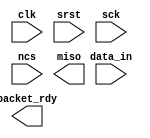
/*!
 * <b>Module:</b> vospi
 * @file vospi.v
 * @date 2019-03-31  
 * @author Andrey Filippov
 *     
 * @brief single packet ;processing with a ping-pong buffer
 *
 * @copyright Copyright (c) 2019 Elphel, Inc.
 *
 * <b>License </b>
 *
 * vospi.v is free software; you can redistribute it and/or modify
 * it under the terms of the GNU General Public License as published by
 * the Free Software Foundation, either version 3 of the License, or
 * (at your option) any later version.
 *
 * vospi.v is distributed in the hope that it will be useful,
 * but WITHOUT ANY WARRANTY; without even the implied warranty of
 * MERCHANTABILITY or FITNESS FOR A PARTICULAR PURPOSE.  See the
 * GNU General Public License for more details.
 *
 * You should have received a copy of the GNU General Public License
 * along with this program.  If not, see <http://www.gnu.org/licenses/> .
 *
 * Additional permission under GNU GPL version 3 section 7:
 * If you modify this Program, or any covered work, by linking or combining it
 * with independent modules provided by the FPGA vendor only (this permission
 * does not extend to any 3-rd party modules, "soft cores" or macros) under
 * different license terms solely for the purpose of generating binary "bitstream"
 * files and/or simulating the code, the copyright holders of this Program give
 * you the right to distribute the covered work without those independent modules
 * as long as the source code for them is available from the FPGA vendor free of
 * charge, and there is no dependence on any encrypted modules for simulating of
 * the combined code. This permission applies to you if the distributed code
 * contains all the components and scripts required to completely simulate it
 * with at least one of the Free Software programs.
 */
`timescale 1ns/1ps

module  vospi(
    input        clk,
    input        srst,
    input [15:0] data_in,
    output       packet_rdy, // @clk
    input        sck,        // SPI clk
    input        ncs,        // SPI active-low CS
    output       miso       // SPI data out
);


endmodule